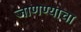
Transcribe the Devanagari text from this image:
जाणण्याचा